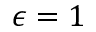
\epsilon = 1